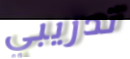
تدريبي